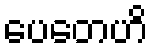
ပေတေဟိ